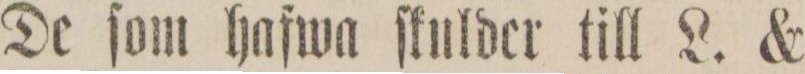
De ſom hafwa ſkulder till L. &